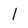
Character: l